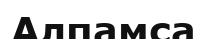
Алпамса